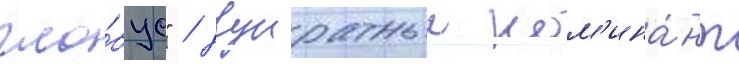
гло́бус" / двукратныи ном'ина́нт